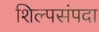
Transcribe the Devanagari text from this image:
शिल्पसंपदा